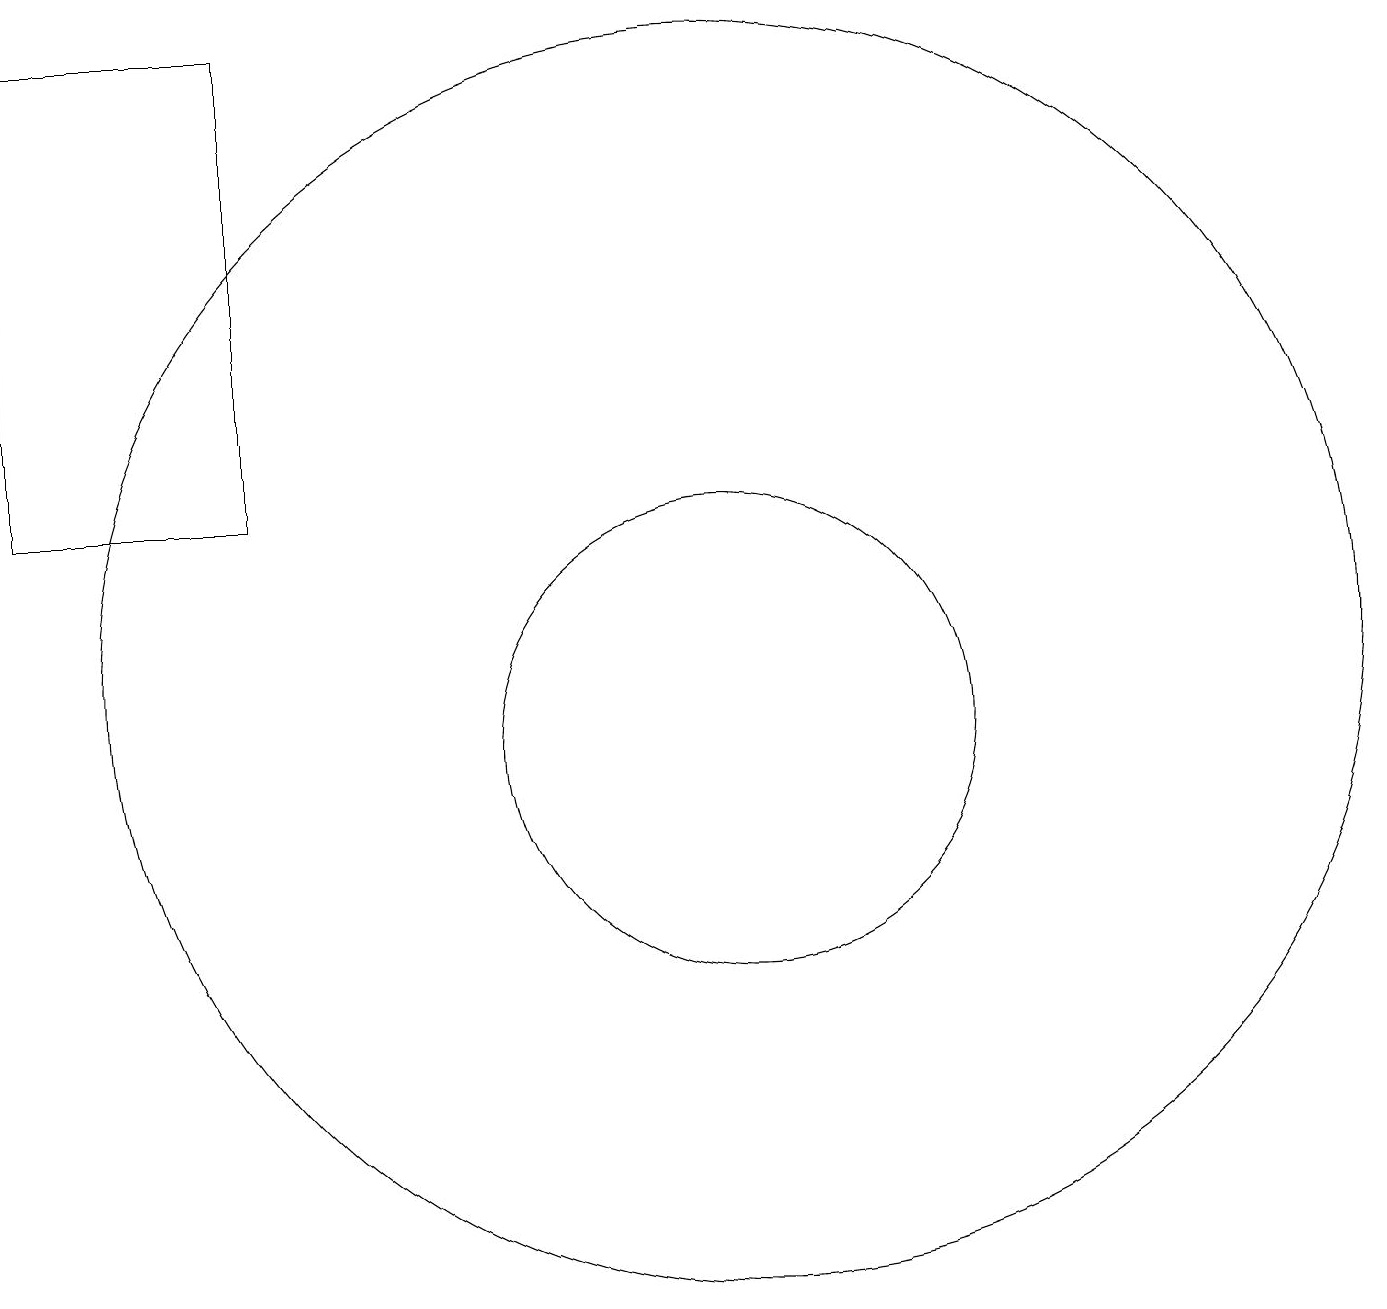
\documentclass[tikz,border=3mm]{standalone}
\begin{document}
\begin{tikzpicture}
\draw (11,10) circle (3);
\draw (5,19) rectangle (2,13);
\draw (11,11) circle (8);
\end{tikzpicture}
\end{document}